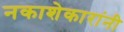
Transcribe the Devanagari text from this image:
नकाशेकारांनी